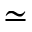
\simeq